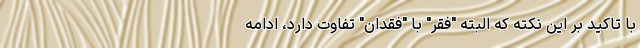
با تاکید بر این نکته که البته "فقر" با "فقدان" تفاوت دارد، ادامه